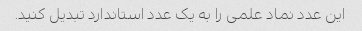
این عدد نماد علمی را به یک عدد استاندارد تبدیل کنید.